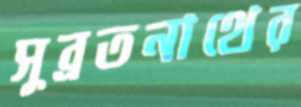
সুব্রতনাথের